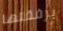
برفقتها